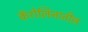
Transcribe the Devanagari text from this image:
कॅरोलिनातील